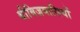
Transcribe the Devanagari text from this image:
थीबिज़वासियों